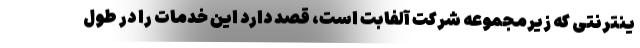
ینترنتی که زیرمجموعه شرکت آلفابت است، قصد دارد این خدمات را در طول